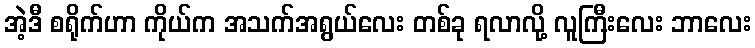
အဲ့ဒီ စရိုက်ဟာ ကိုယ်က အသက်အရွယ်လေး တစ်ခု ရလာလို့ လူကြီးလေး ဘာလေး